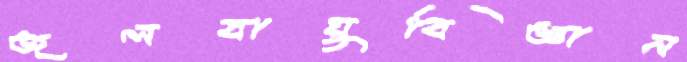
জলবায়ুবিজ্ঞান